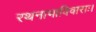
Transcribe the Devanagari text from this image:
रथनाभाविवाराः।